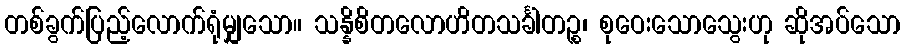
တစ်ခွက်ပြည့်လောက်ရုံမျှသော။ သန္နိစိတလောဟိတသင်္ခါတဉ္စ၊ စုဝေးသောသွေးဟု ဆိုအပ်သော